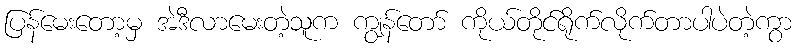
ပြန်မေးတော့မှ အဲဒီလာမေးတဲ့သူက ကျွန်တော် ကိုယ်တိုင်ရိုက်လိုက်တာပါပဲတဲ့ကွာ